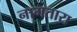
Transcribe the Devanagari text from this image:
नागतारा